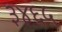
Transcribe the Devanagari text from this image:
३४६५